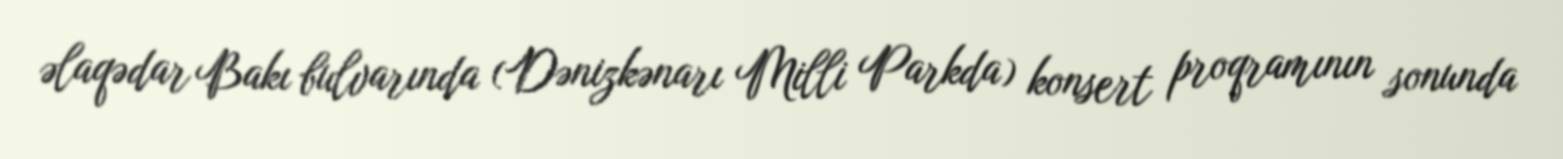
əlaqədar Bakı bulvarında (Dənizkənarı Milli Parkda) konsert proqramının sonunda